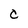
Character: C